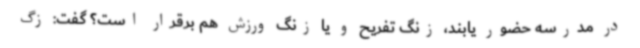
در مدرسه حضور یابند، زنگ تفریح و یا زنگ ورزش هم برقرار است؟ گفت: زگ